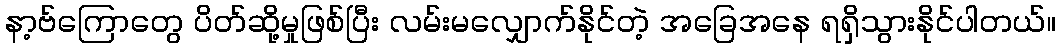
နာ့ဗ်ကြောတွေ ပိတ်ဆို့မှုဖြစ်ပြီး လမ်းမလျှောက်နိုင်တဲ့ အခြေအနေ ရရှိသွားနိုင်ပါတယ်။